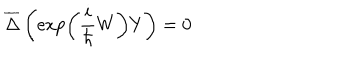
LaTeX: \overline { { { \Delta } } } \left( \exp \left( \frac i \hbar W \right) Y \right) = 0